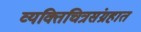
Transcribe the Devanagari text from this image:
व्यक्तिचित्रसंग्रहात